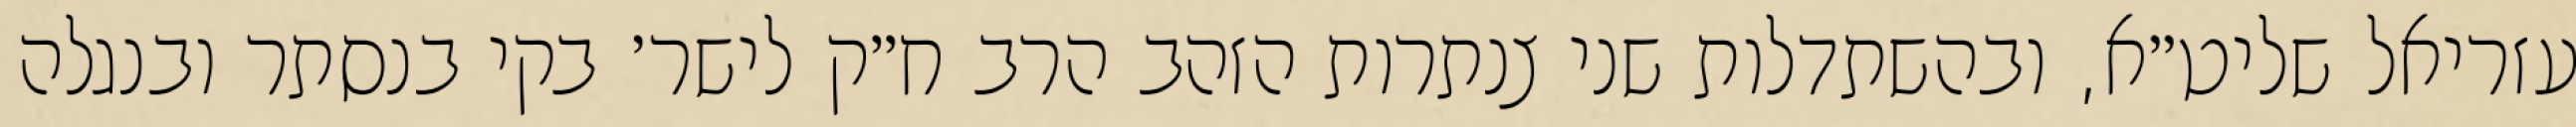
עזריאל שליט״א, ובהשתדלות שני צנתרות הזהב הרב ח״ק לישר׳ בקי בנסתר ובנגלה